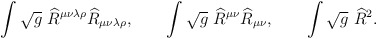
\begin{align*}\int \sqrt{g}~\widehat{R}^{\mu \nu \lambda \rho }\widehat{R}_{\mu \nu\lambda \rho },\qquad \int \sqrt{g}~\widehat{R}^{\mu \nu }\widehat{R}_{\mu\nu },\qquad \int \sqrt{g}~\widehat{R}^{2}. \end{align*}